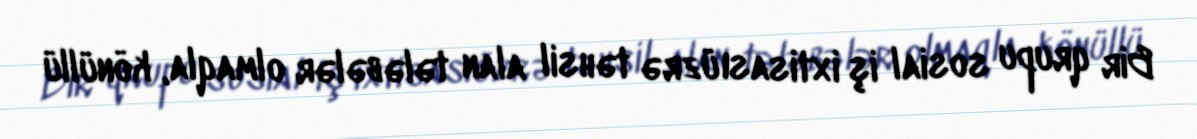
Bir qrupu sosial iş ixtisası üzrə təhsil alan tələbələr olmaqla, könüllü